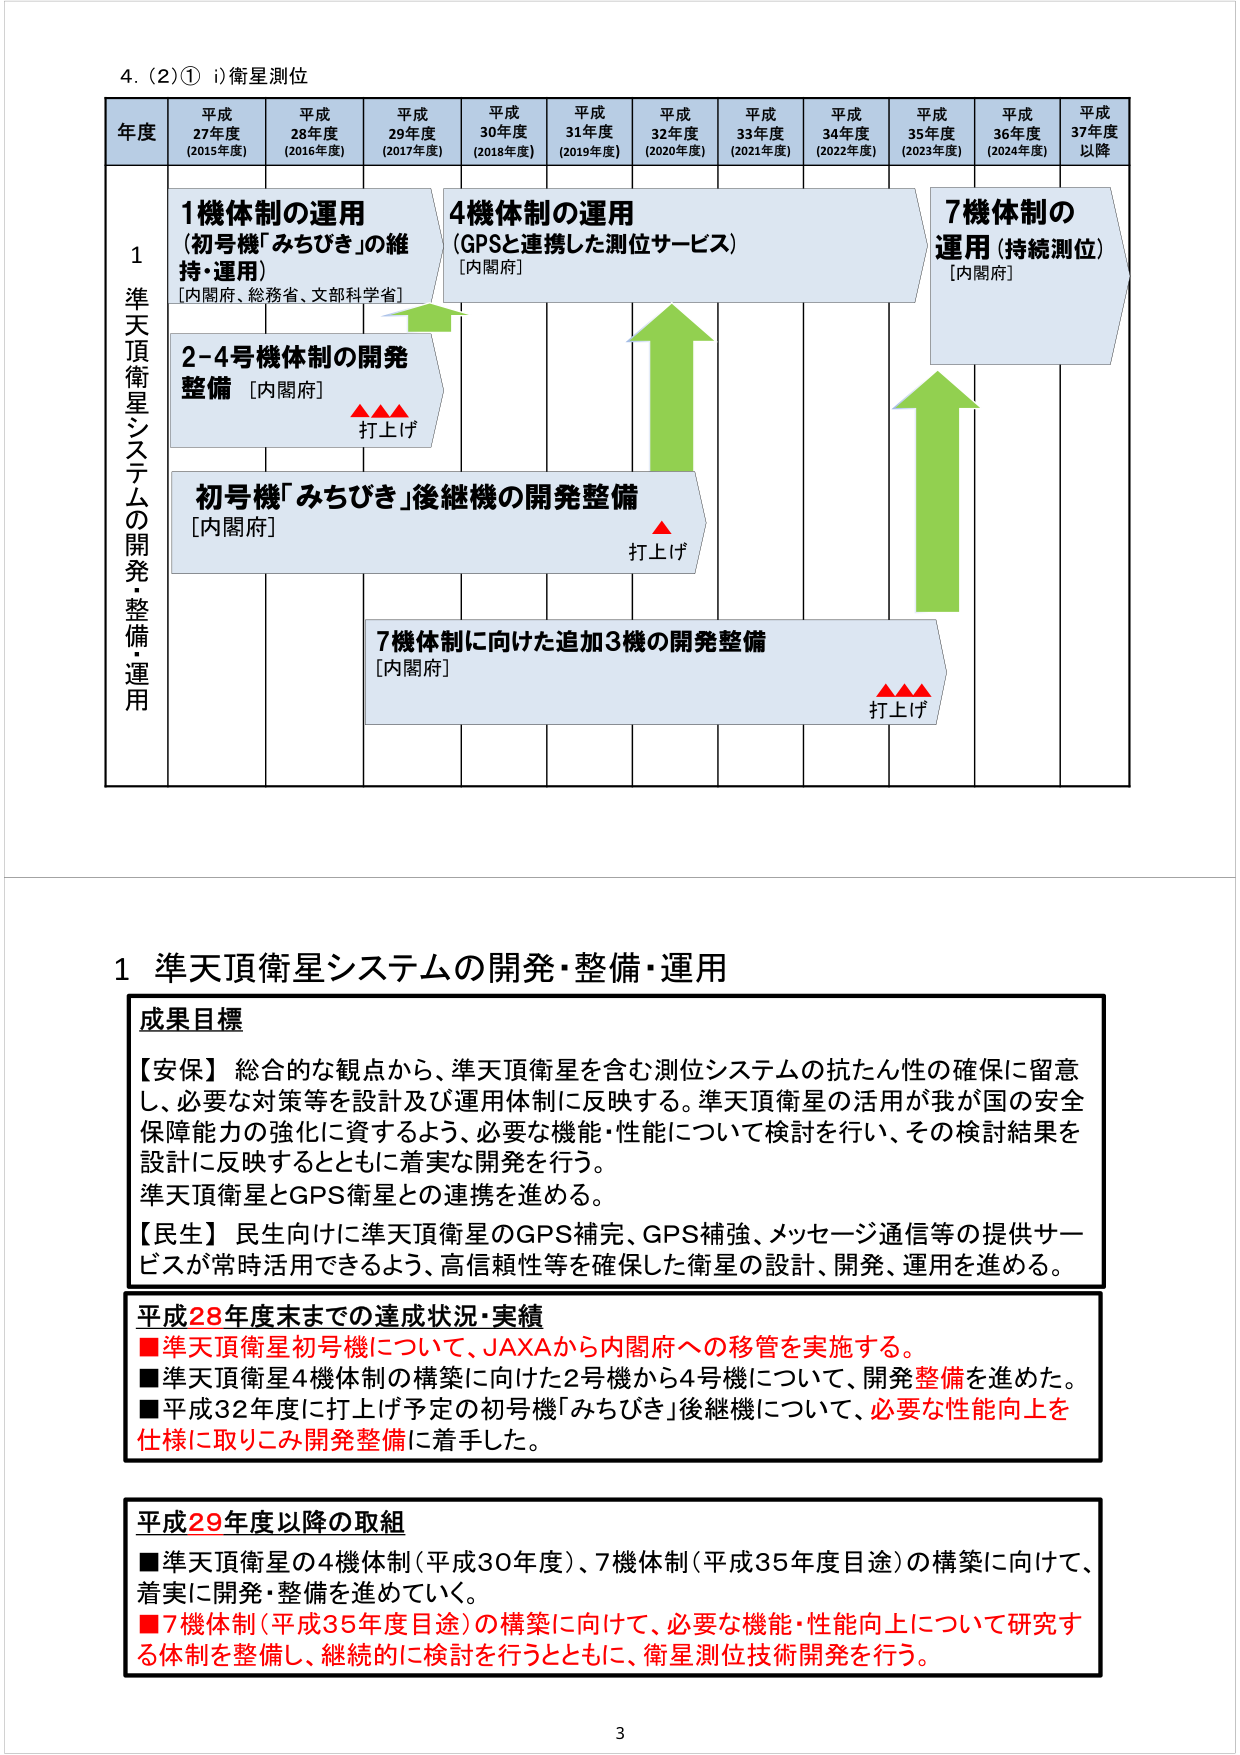
4. (2)① i)衛星測位

年度 平成27年度 (2015年度) 平成28年度 (2016年度) 平成29年度 (2017年度) 平成30年度 (2018年度) 平成31年度 (2019年度) 平成32年度 (2020年度) 平成33年度 (2021年度) 平成34年度 (2022年度) 平成35年度 (2023年度) 平成36年度 (2024年度) 平成37年度以降

1 準天頂衛星システムの開発・整備・運用

1機体制の運用 (初号機「みちびき」の維持・運用) [内閣府、総務省、文部科学省]

2-4号機体制の開発整備 [内閣府] ▲▲▲ 打上げ

初号機「みちびき」後継機の開発整備 [内閣府] ▲ 打上げ

4機体制の運用 (GPSと連携した測位サービス) [内閣府]

7機体制の運用 (持続測位) [内閣府]

7機体制に向けた追加3機の開発整備 [内閣府] ▲▲▲ 打上げ

1 準天頂衛星システムの開発・整備・運用

成果目標

【安保】 総合的な観点から、準天頂衛星を含む測位システムの抗たん性の確保に留意し、必要な対策等を設計及び運用体制に反映する。準天頂衛星の活用が我が国の安全保障能力の強化に資するよう、必要な機能・性能について検討を行い、その検討結果を設計に反映するとともに着実な開発を行う。準天頂衛星とGPS衛星との連携を進める。

【民生】 民生向けに準天頂衛星のGPS補完、GPS補強、メッセージ通信等の提供サービスが常時活用できるよう、高信頼性等を確保した衛星の設計、開発、運用を進める。

平成28年度末までの達成状況・実績

■準天頂衛星初号機について、JAXAから内閣府への移管を実施する。

■準天頂衛星4機体制の構築に向けた2号機から4号機について、開発整備を進めた。

■平成32年度に打上げ予定の初号機「みちびき」後継機について、必要な性能向上を仕様に取りこみ開発整備に着手した。

平成29年度以降の取組

■準天頂衛星の4機体制（平成30年度）、7機体制（平成35年度目途）の構築に向けて、着実に開発・整備を進めていく。

■7機体制（平成35年度目途）の構築に向けて、必要な機能・性能向上について研究する体制を整備し、継続的に検討を行うとともに、衛星測位技術開発を行う。

3